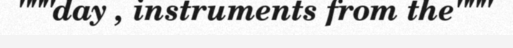
"""day , instruments from the"""